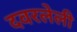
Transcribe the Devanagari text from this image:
दवरलेली